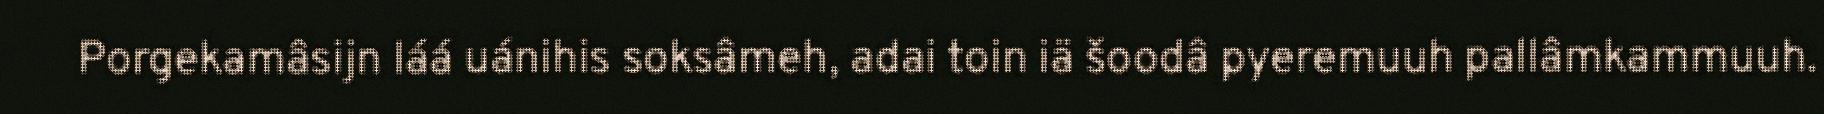
Porgekamâsijn láá uánihis soksâmeh, adai toin iä šoodâ pyeremuuh pallâmkammuuh.